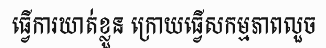
ធ្វើការឃាត់ខ្លួន ក្រោយធ្វើសកម្មភាពលួច